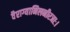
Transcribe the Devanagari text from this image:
वैराग्यानिलनीरजाः।